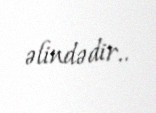
əlindədir..